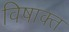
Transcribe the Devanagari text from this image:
विषाक्त